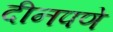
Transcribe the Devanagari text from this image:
दीनपणे